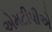
એમટીપીએ